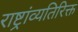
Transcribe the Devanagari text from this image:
राष्ट्रांव्यतिरिक्त